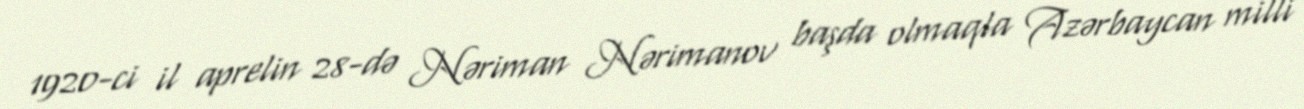
1920-ci il aprelin 28-də Nəriman Nərimanov başda olmaqla Azərbaycan milli